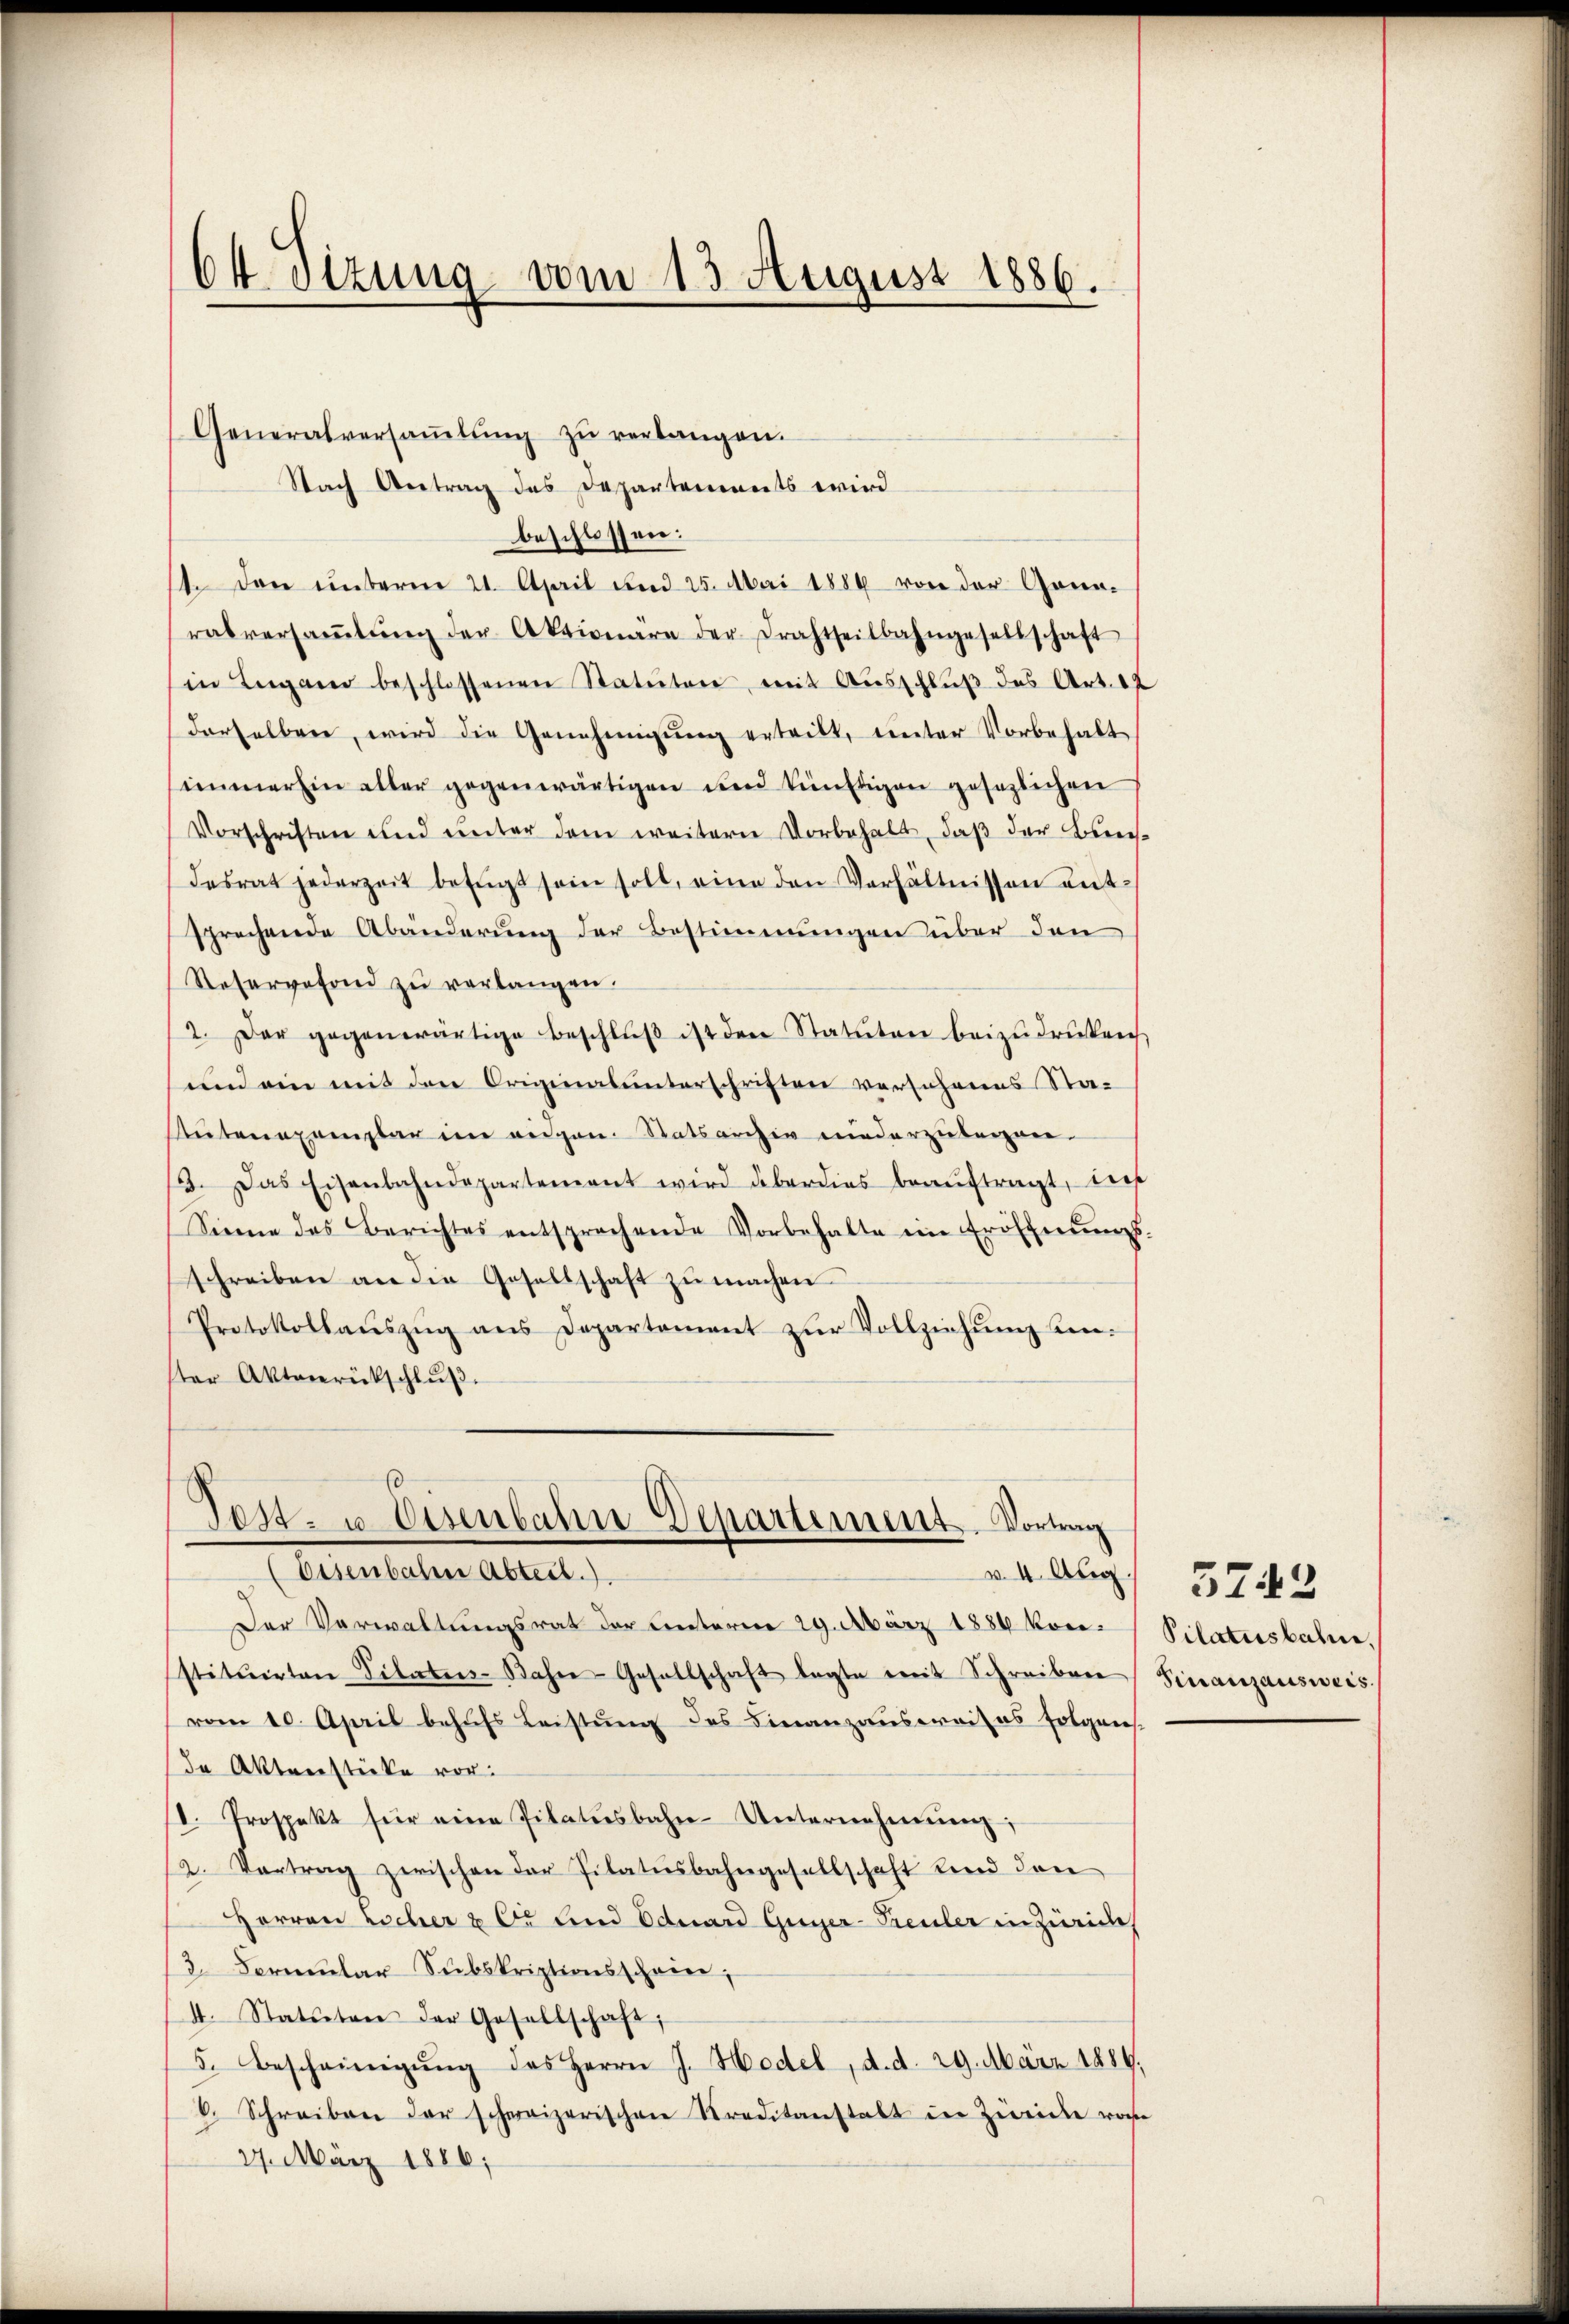
64 etzung vom 13 August 1886.

Generalversaṁlŭng zŭ verlangen.
Nach Antrag des Departennerts wird
beschlossen:
11. Dann unterm 21. April und 25. Mai 1884 von der Gena-
ratversaṁlŭng der Aktionäre der Drahtseitbahngesellschaft
in Lugano beschlossenen Statuten, mit Ausschlŭβ des Art. 12
derselben, wird die Genehmigŭng erteilt, unter Vorbehalt
immerhin aller gegenwärtigen und künftigen gesezlichen
Vorschriften und ŭnter dem weitern Vorbehalt, daβ der Beweis-
desrat jederzeit befugt sein soll, eine den Verhältnissen entsprechende Abänderung der Bestimmungen über den
Reservefond zŭ verlangen.
2. Der gegenwärtige Beschlŭβ ist den Statuten beizudrücken
und ein mit den Originalunterschriften versehenes Sta-
tutenexemplar im eidgen. Statsarchiv niederzulegen-
3. Das Eisenbahndepartement wird überdies beaŭftragt, dies
Sienne des Berichtes entsprechende Vorbehalte in Eröffnŭngs-
schreiben an die Gesellschaft zŭ machen
Protokollauszug aus Departement zur Vollziehung keister Aktenrückschlŭβ

0
Test- u. Eisenbahn Departement. Vortrag
(Eisenbahr Abtest.)
v. 4. Aug.

Der Verwaltungsrat der unterm 29. März 1884 konstituirten Sitater-Bahre Gesellschaft legte mit Schreiben Finanzausweis
vom 10. April behufs Leistung des Finanzausweises folgen-
de Aktenstücke vor.
I. Prospekt für eine Pilatŭsbahn-Unternehmung,
12. Vertrag zwischen der Pilatŭsbahngesellschaft Kind den
Herren Locher & Cr und Eduard Guyer-Preuler in Zürich
3. Formŭlar Subskriptionsschein;
4. Statuten der Gesellschaft;
5. Bescheinigŭng des Herrn J. Hodel, d. d. 29. März 1884,
6. Schreiben der schweizerischen Straditanstalt in Zwicke rose
27. März 1886;

Pilatusbahn.

5742